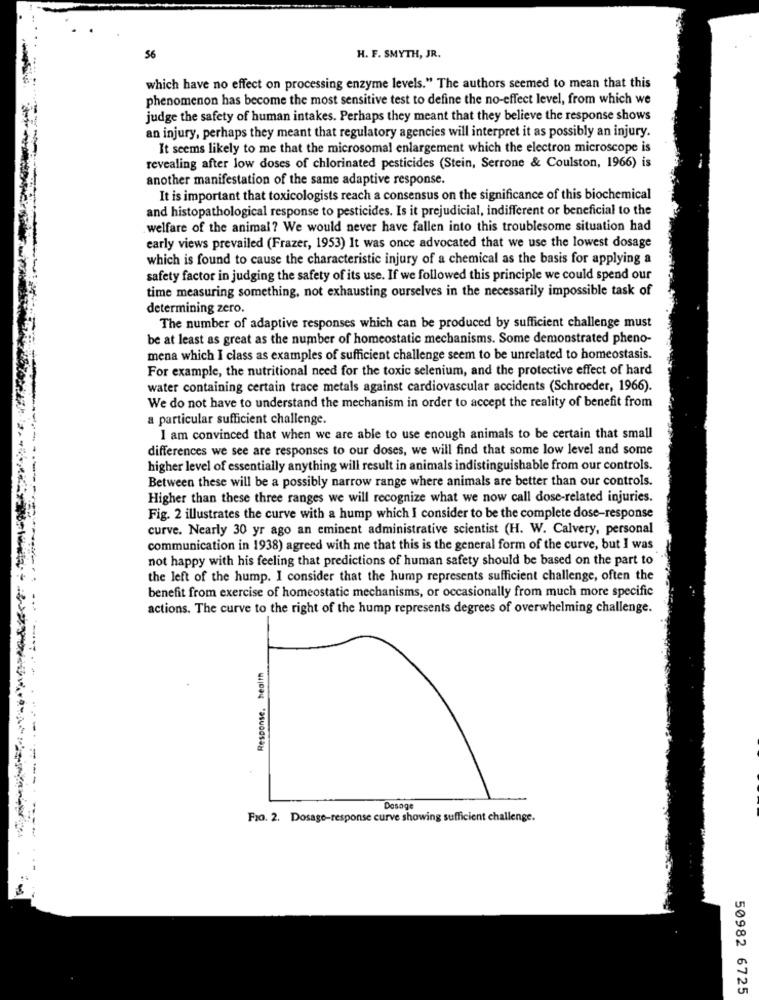
56
H. F. SMYTH, JR.
which have no effect on processing enzyme levels." The authors seemed to mean that this
phenomenon has become the most sensitive test to define the no-effect level, from which we
judge the safety of human intakes. Perhaps they meant that they believe the response shows
an injury, perhaps they meant that regulatory agencies will interpret it as possibly an injury.
It seems likely to me that the microsomal enlargement which the electron microscope is
revealing after low doses of chlorinated pesticides (Stein, Serrone & Coulston, 1966) is
another manifestation of the same adaptive response.
It is important that toxicologists reach a consensus on the significance of this biochemical
and histopathological response to pesticides. Is it prejudicial, indifferent or beneficial to the
welfare of the animal ? We would never have fallen into this troublesome situation had
early views prevailed (Frazer, 1953) It was once advocated that we use the lowest dosage
which is found to cause the characteristic injury of a chemical as the basis for applying a
safety factor in judging the safety of its use. If we followed this principle we could spend our
time measuring something, not exhausting ourselves in the necessarily impossible task of
determining zero.
The number of adaptive responses which can be produced by sufficient challenge must
be at least as great as the number of homeostatic mechanisms. Some demonstrated pheno-
mena which I class as examples of sufficient challenge seem to be unrelated to homeostasis.
For example, the nutritional need for the toxic selenium, and the protective effect of hard
water containing certain trace metals against cardiovascular accidents (Schroeder, 1966).
We do not have to understand the mechanism in order to accept the reality of benefit from
a particular sufficient challenge.
I am convinced that when we are able to use enough animals to be certain that small
differences we see are responses to our doses, we will find that some low level and some
higher level of essentially anything will result in animals indistinguishable from our controls.
Between these will be a possibly narrow range where animals are better than our controls.
Higher than these three ranges we will recognize what we now call dose-related injuries.
Fig. 2 illustrates the curve with a hump which I consider to be the complete dose-response
curve. Nearly 30 yr ago an eminent administrative scientist (H. W. Calvery, personal
communication in 1938) agreed with me that this is the general form of the curve, but I was
not happy with his feeling that predictions of human safety should be based on the part to
the left of the hump. I consider that the hump represents sufficient challenge, often the
benefit from exercise of homeostatic mechanisms, or occasionally from much more specific
actions. The curve to the right of the hump represents degrees of overwhelming challenge.
Response, health
Dosage
FIO. 2. Dosage-response curve showing sufficient challenge.
-------- ----
50982 6725